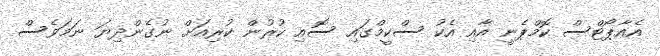
އެއާޕޯޓްސް ކޮމްޕެނީ އާއި އެކު ސްކީމްގައި ސޮއި ކުރުން ކުރިއަށް ނުގެންދިޔަ ނަމަވެސް